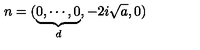
n = ( \underbrace { 0 , \cdots , 0 } _ { d } , - 2 i \sqrt { a } , 0 )